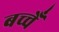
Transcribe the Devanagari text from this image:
बच्चेँ